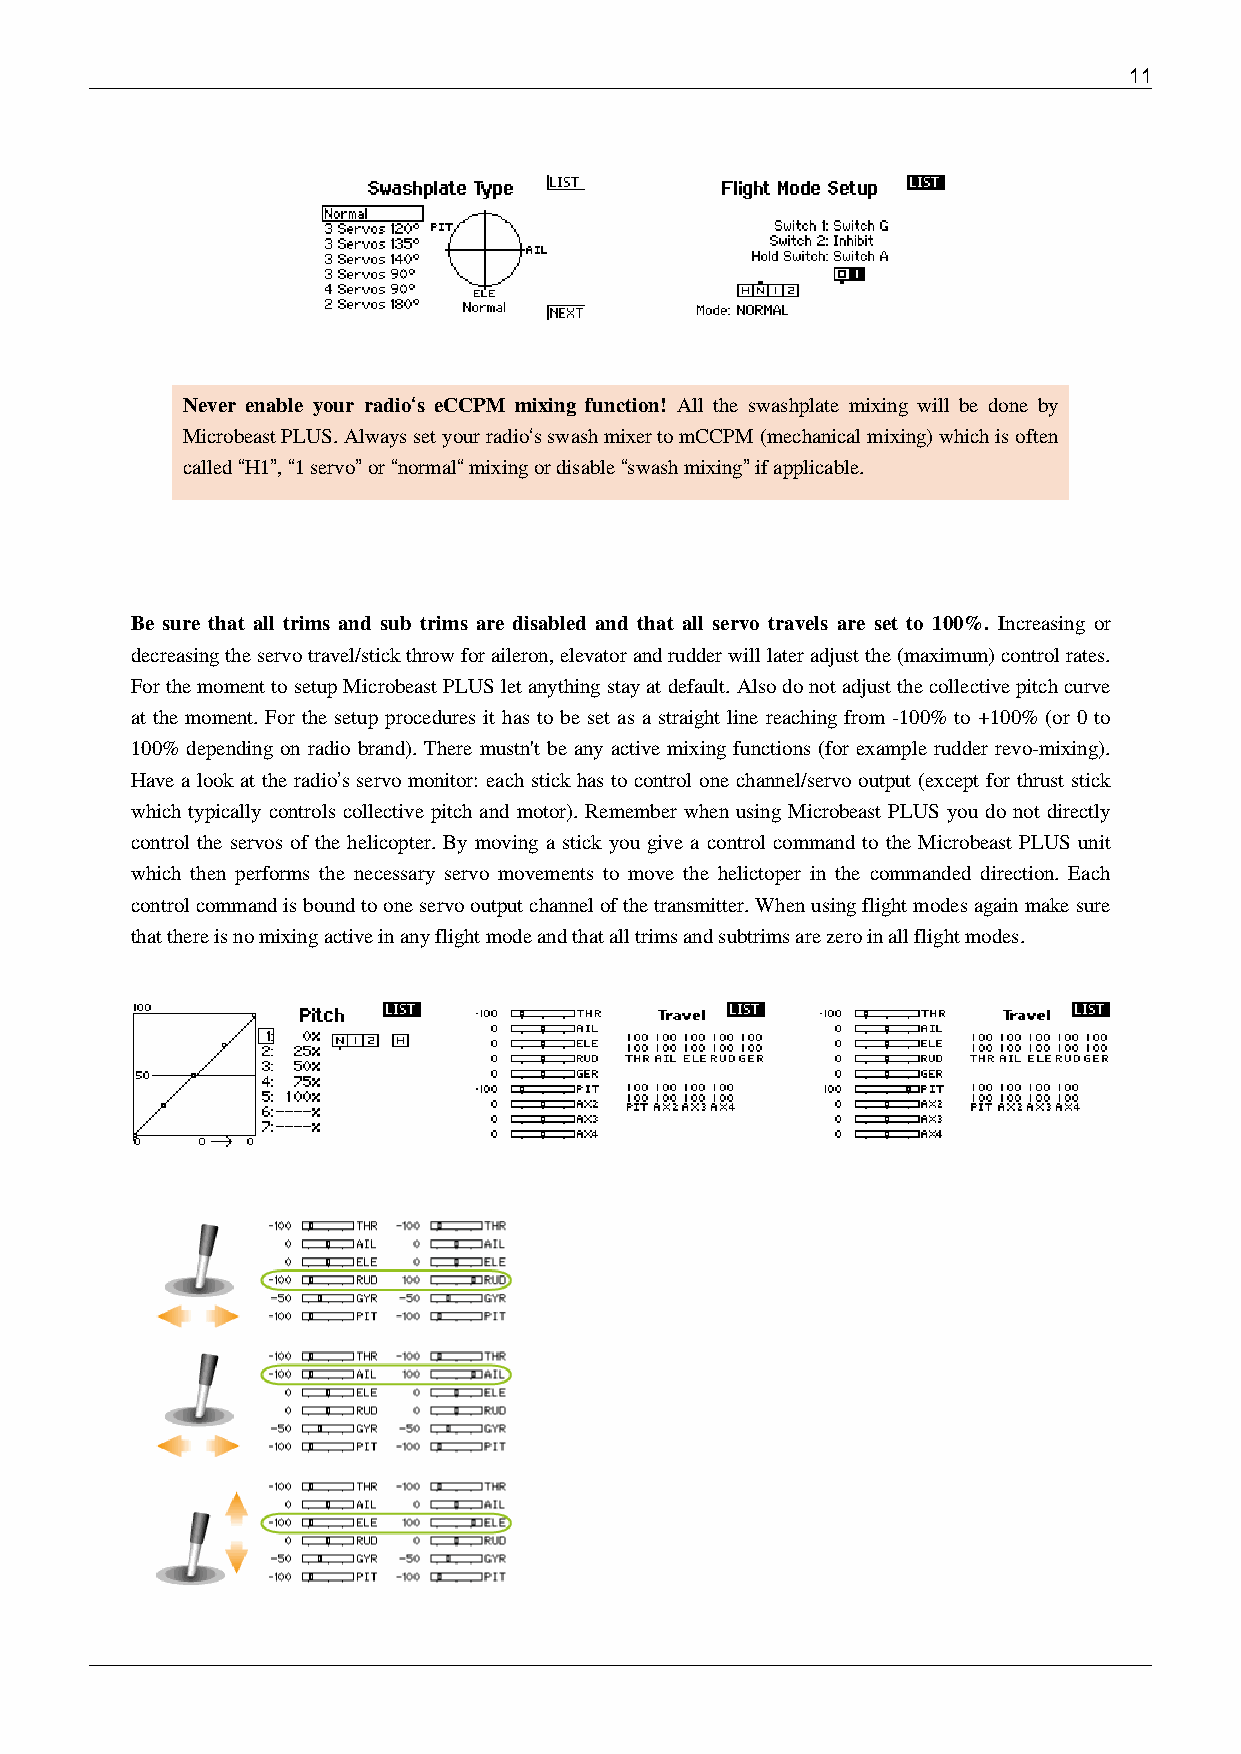
11
 Never enable your radio‘s eCCPM mixing function! All the swashplate mixing will be done by
 Microbeast PLUS. Always set your radio‘s swash mixer to mCCPM (mechanical mixing) which is often
 called “H1”, “1 servo” or “normal“ mixing or disable “swash mixing” if applicable.
 Be sure that all trims and sub trims are disabled and that all servo travels are set to 100%. Increasing or
 decreasing the servo travel/stick throw for aileron, elevator and rudder will later adjust the (maximum) control rates.
 For the moment to setup Microbeast PLUS let anything stay at default. Also do not adjust the collective pitch curve
 at the moment. For the setup procedures it has to be set as a straight line reaching from -100% to +100% (or 0 to
 100% depending on radio brand). There mustn't be any active mixing functions (for example rudder revo-mixing).
 Have a look at the radio’s servo monitor: each stick has to control one channel/servo output (except for thrust stick
 which typically controls collective pitch and motor). Remember when using Microbeast PLUS you do not directly
 control the servos of the helicopter. By moving a stick you give a control command to the Microbeast PLUS unit
 which then performs the necessary servo movements to move the helictoper in the commanded direction. Each
 control command is bound to one servo output channel of the transmitter. When using flight modes again make sure
 that there is no mixing active in any flight mode and that all trims and subtrims are zero in all flight modes.